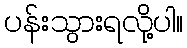
ပန်းသွားရလို့ပါ။